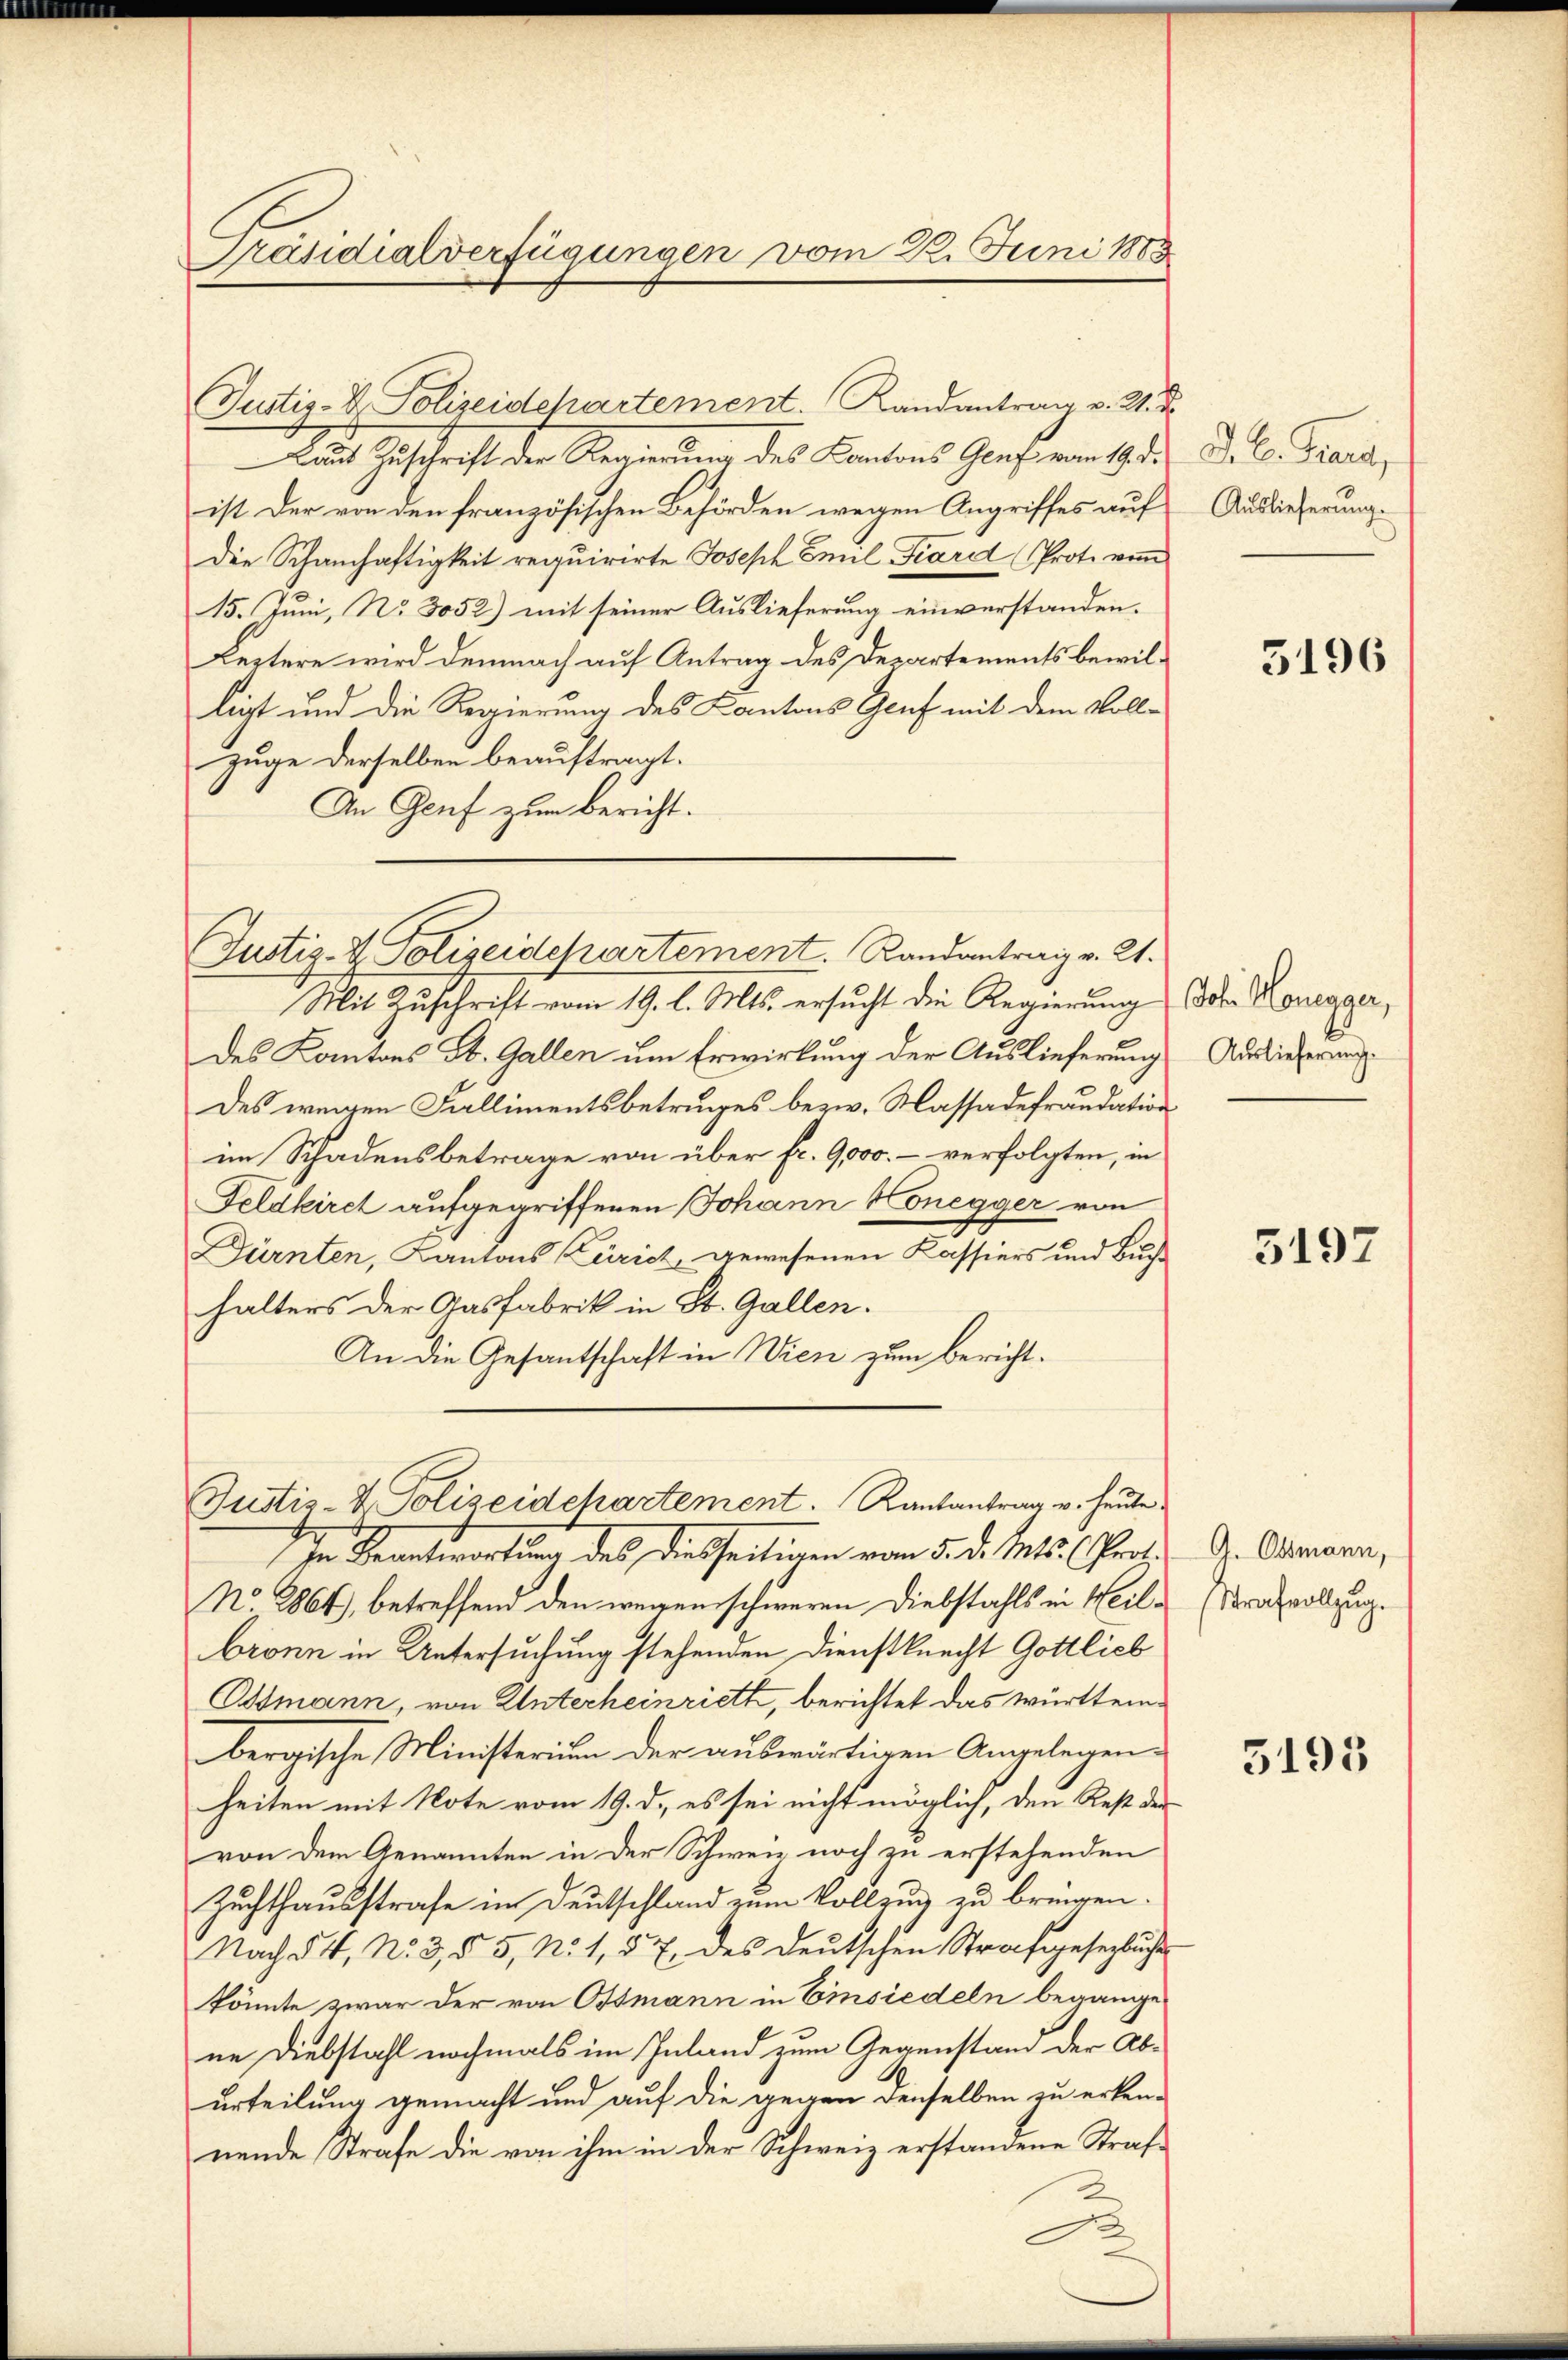
Präsidialverfügungen vom 22. Juni 1883

Justiz- & Polizeidchartement. (Randantrag v. M. D.
Laut Zuschrift der Regierung des Kantons Genf vom 19. d.
ist der von den französischen Behörden wegen Angriffes auf
Die Schanhaftigkeit requirirte Joseph Emil Fiard Prote vom
15. Juni, No 3052) mit seiner Auslieferung einverstanden.
Leitere wird demnach auf Antrag des Departements bewilligt und die Regierung des Kantons Genf mit dem Vollzuge derselben beauftragt.
An Genf zum Bericht.

Justiz- & Polizeidepartement. Randantrag v. 2.

Mit Zuschrift vom 19. l. Mts. ersucht die Regierung (das Honegger,
des Kantons St. Gallen um Erwirkung der Auslieferung
Des wegen Fallimentsbetruges bezw. Massadefraudation
im Schadensbetrage von über fr. 9,000.- verfolgten, in
Feldkiret aufgegriffenen Johann Honegger von
Dürnten, Kantons Zürich, gewesenen Kassiers und Buchhalters der Gasfabrik in St. Gallen.
An die Gesantschaft in Wien zum Bericht¬

In Beantwortung des dieseitigen vom 5. d. Mts. (fort¬
No 2864), betreffend den wegen schweren Diebstahls in Heilbronn in Untersuchung stehenden Dienstknecht Gottlieb
Ottmann, von Unterheinrieth, berichtet das württembergische Ministerium der auswärtigen Angelegenheiten mit Note vom 19. d. es sei nicht möglich, den Rest der
von dem Genannten in der Schweiz noch zu erstehenden
Zuchthausstrafe in Deutschland zum Vollzug zu bringen.
Nach § 4, No 3 § 5, No 1, § 7 des deutschen Strafgesezbuches
könnte zwar der von Osmann in Einsiedeln begangene Diebstahl nochmals im Inland zum Gegenstand der Aburteilung gemacht und auf die gegen denselben zu erkennende Strafe die von ihm in der Schweiz erstandene Straf¬
A

Justiz-V. Polizeidchartement. Kantantrag v. heute

D. C. Preis,
Auslieferung.

5196

Auslieferung.

5197

G. Ossmann,
Strafvollzug.

5193